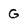
Character: G